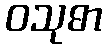
ဝသုဓာ